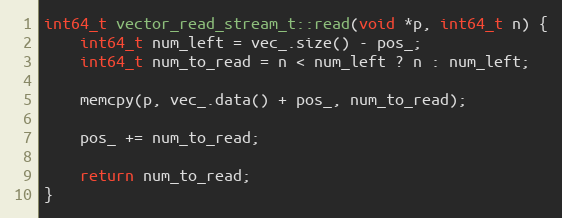
Language: C++
int64_t vector_read_stream_t::read(void *p, int64_t n) {
    int64_t num_left = vec_.size() - pos_;
    int64_t num_to_read = n < num_left ? n : num_left;

    memcpy(p, vec_.data() + pos_, num_to_read);

    pos_ += num_to_read;

    return num_to_read;
}